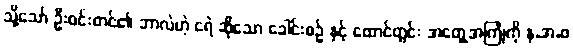
သို့သော် ဦးဝင်းတင်၏ ဘာလဲဟဲ့ ငရဲ ဆိုသော ခေါင်းစဉ် နှင့် ထောင်တွင်း အတွေ့အကြုံကို န.အ.ဖ